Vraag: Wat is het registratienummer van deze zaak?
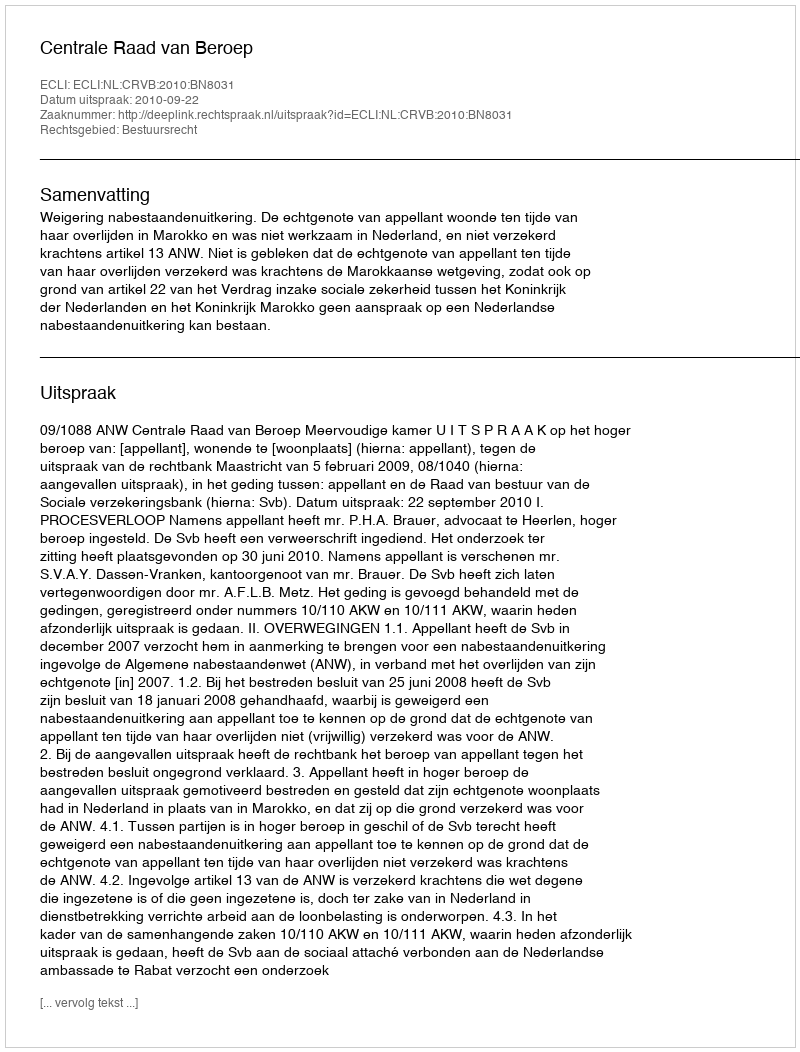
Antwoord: http://deeplink.rechtspraak.nl/uitspraak?id=ECLI:NL:CRVB:2010:BN8031